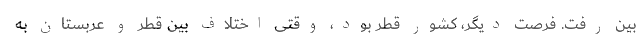
بین رفت. فرصت دیگر، کشور قطر بود، وقتی اختلاف بین قطر و عربستان به